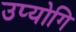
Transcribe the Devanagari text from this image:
उप्योगि